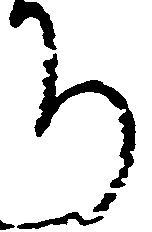
ち